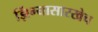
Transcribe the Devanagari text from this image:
झिंग्यासारखेच